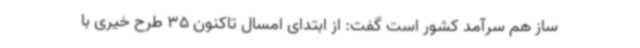
ساز هم سرآمد کشور است گفت: از ابتدای امسال تاکنون 35 طرح خیری با